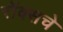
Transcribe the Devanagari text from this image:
रॉक्सचे